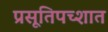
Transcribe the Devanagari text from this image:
प्रसूतिपच्शात